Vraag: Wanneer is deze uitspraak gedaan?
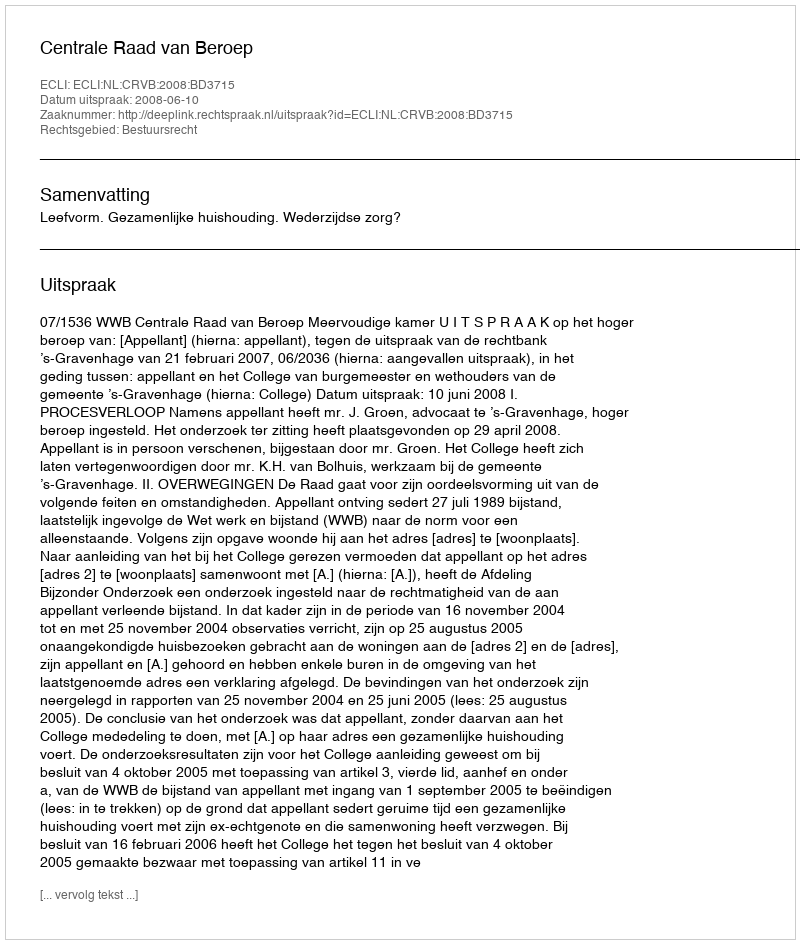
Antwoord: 2008-06-10